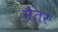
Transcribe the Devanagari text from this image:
मैतर